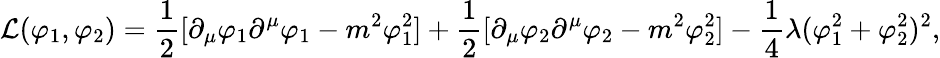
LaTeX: {\mathcal{L}}(\varphi_{1},\varphi_{2})={\frac{1}{2}}[\partial_{\mu}\varphi_{1}\partial^{\mu}\varphi_{1}-m^{2}\varphi_{1}^{2}]+{\frac{1}{2}}[\partial_{\mu}\varphi_{2}\partial^{\mu}\varphi_{2}-m^{2}\varphi_{2}^{2}]-{\frac{1}{4}}\lambda(\varphi_{1}^{2}+\varphi_{2}^{2})^{2},